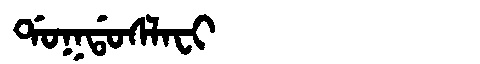
Manchu: ᡩᠣᡴᡩᠣᠰᠯᠠᠸᡳ
Romanization: DOKDOSLAFI